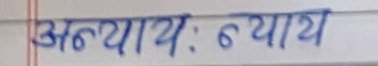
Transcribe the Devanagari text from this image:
अन्याय : न्याय